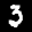
Label: 3